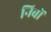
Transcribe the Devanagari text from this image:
निबों